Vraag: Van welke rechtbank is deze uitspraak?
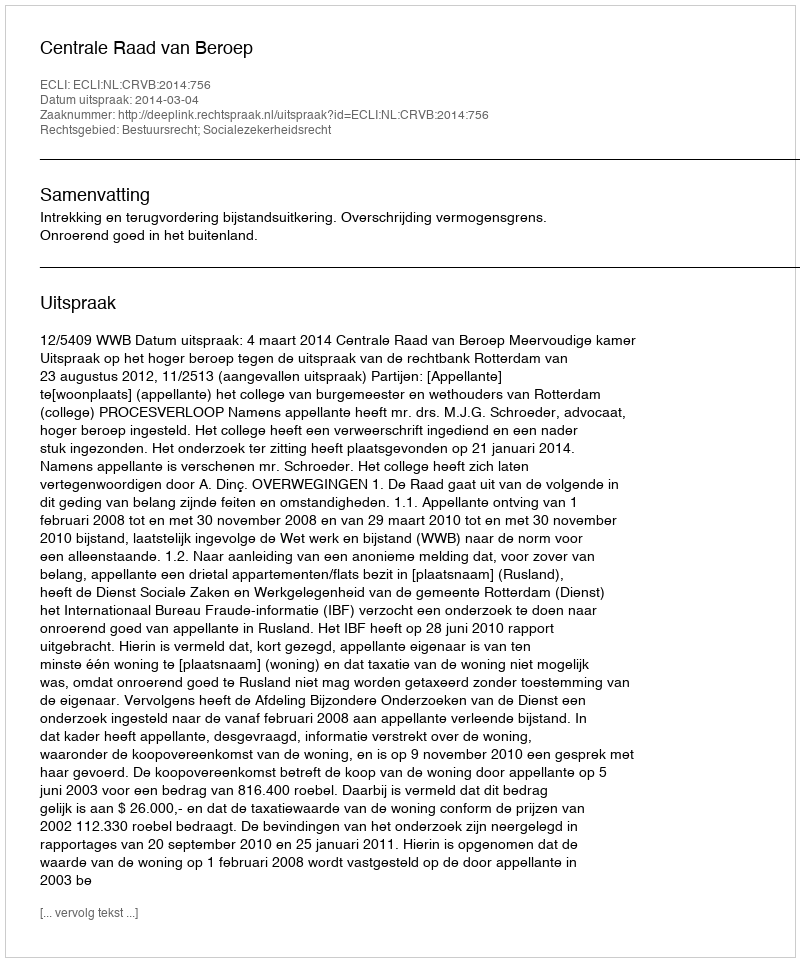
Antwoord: Centrale Raad van Beroep